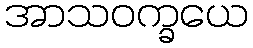
အာသဝက္ခယေ